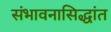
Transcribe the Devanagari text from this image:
संभावनासिद्धांत